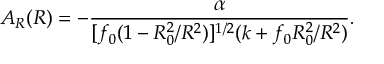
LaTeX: A _ { R } ( R ) = - \frac { \alpha } { [ f _ { 0 } ( 1 - R _ { 0 } ^ { 2 } / R ^ { 2 } ) ] ^ { 1 / 2 } ( k + f _ { 0 } R _ { 0 } ^ { 2 } / R ^ { 2 } ) } .